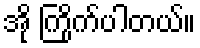
အို ကြိုက်ပါတယ်။